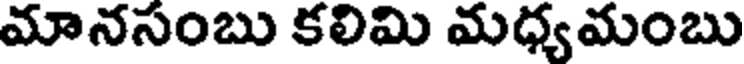
మానసంబు కలిమి మధ్యమంబు